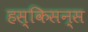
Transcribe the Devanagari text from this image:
हस्किसन्स